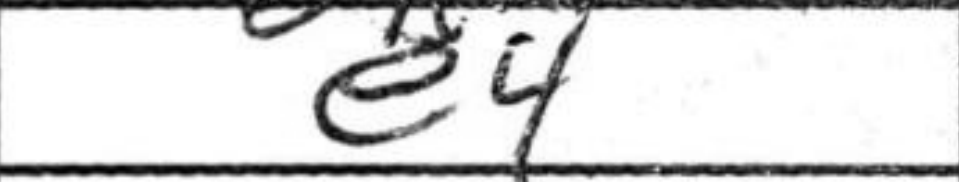
Transcription: e4